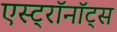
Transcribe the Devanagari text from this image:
एस्ट्राॅनाॅट्स